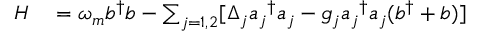
\begin{array} { r l } { H } & { { } = \omega _ { m } b ^ { \dagger } b - \sum _ { j = 1 , 2 } [ \Delta _ { j } { a _ { j } } ^ { \dagger } a _ { j } - g _ { j } { a _ { j } } ^ { \dagger } a _ { j } ( b ^ { \dagger } + b ) ] } \end{array}